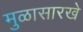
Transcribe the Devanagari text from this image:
मुळासारखे